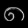
Digit: ၈